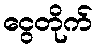
ငွေတိုက်